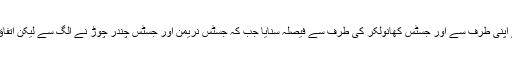
جسٹس مشرا نے اپنی طرف سے اور جسٹس کھانولکر کی طرف سے فیصلہ سنایا جب کہ جسٹس نریمن اور جسٹس چندر چوڑ نے الگ سے لیکن اتفاق کا فیصلہ پڑھا۔